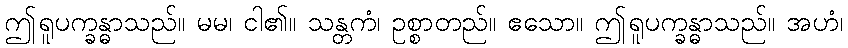
ဤရူပက္ခန္ဓာသည်။ မမ၊ ငါ၏။ သန္တကံ၊ ဥစ္စာတည်။ ဧသော။ ဤရူပက္ခန္ဓာသည်။ အဟံ၊